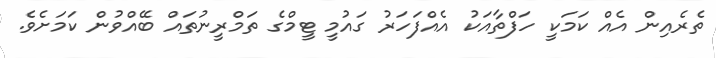
ތެރެއިން އެއް ކަމަކީ ހަފްތާއަކު އެއްފަހަރު ގައުމީ ޓީމްގެ ތަމްރީނުތައް ބޭއްވުން ކަމަށެވެ.